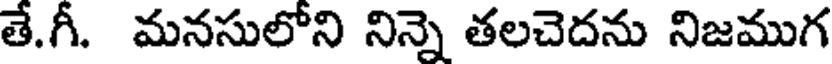
తే.గీ. మనసులోని నిన్నె తలచెదను నిజముగ